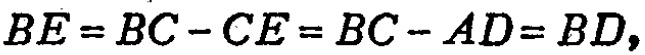
\(BE = BC - CE = BC - AD = BD,\)